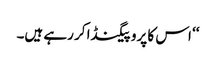
‘‘ اس کا پروپیگنڈا کر رہے ہیں۔